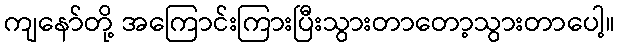
ကျနော်တို့ အကြောင်းကြားပြီးသွားတာတော့သွားတာပေါ့။